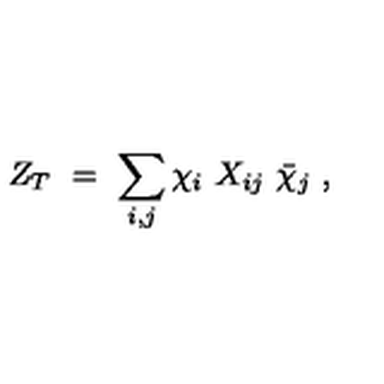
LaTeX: Z _ { T } \ = \ \sum _ { i , j } \chi _ { i } \ X _ { i j } \ \bar { \chi } _ { j } \ ,